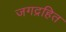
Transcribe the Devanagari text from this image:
जगद्रहित